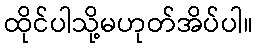
ထိုင်ပါသို့မဟုတ်အိပ်ပါ။